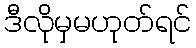
ဒီလိုမှမဟုတ်ရင်